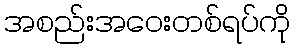
အစည်းအဝေးတစ်ရပ်ကို